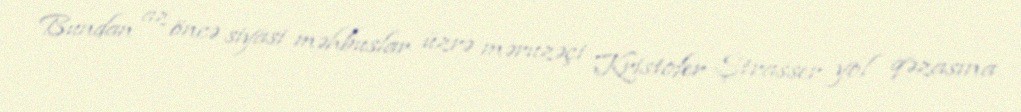
Bundan az öncə siyasi məhbuslar üzrə məruzəçi Kristofer Ştrasser yol qəzasına